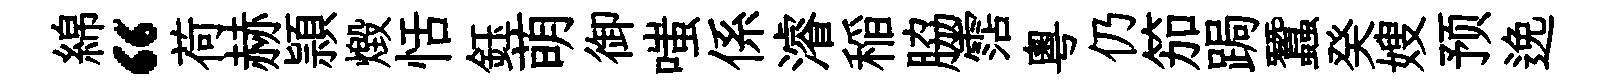
綿“荷赫頴燬恬鈺萌御嗤係濬稲脇霑粤仍笳跼蠶癸嫂预𨓜